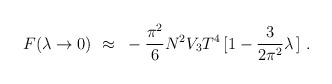
\begin{align*}{}F(\lambda\to 0 )~\approx~ -\frac{\pi^2}{6}N^2V_3T^4\,[1-\frac{3}{2\pi^2}\lambda\, ]\ . \end{align*}